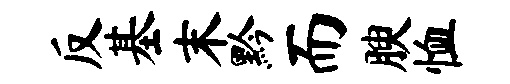
反基末黔而腴恤